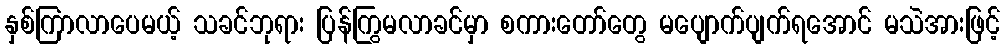
နှစ်ကြာလာပေမယ့် သခင်ဘုရား ပြန်ကြွမလာခင်မှာ စကားတော်တွေ မပျောက်ပျက်ရအောင် မသဲအားဖြင့်